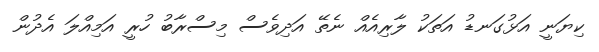
ކިޔަނީ އަޅުގަނޑު އަތަކު ލާރިއެއް ނެތޭ އަދިވެސް މިސްރާބު ހުރީ އަމިއްލަ އެދުން